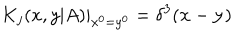
K _ { j } ( x , y | A ) | _ { x ^ { 0 } = y ^ { 0 } } = \delta ^ { 3 } ( { \bf x } - { \bf y } )